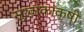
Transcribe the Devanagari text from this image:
सुखाकांक्षी